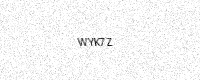
Text: WYK7Z